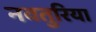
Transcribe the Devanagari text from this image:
नवतुरिया